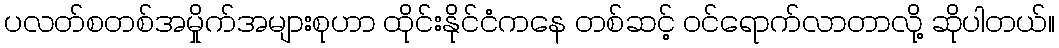
ပလတ်စတစ်အမှိုက်အများစုဟာ ထိုင်းနိုင်ငံကနေ တစ်ဆင့် ဝင်ရောက်လာတာလို့ ဆိုပါတယ်။